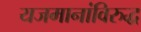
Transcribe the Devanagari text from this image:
यजमानांविरुद्ध